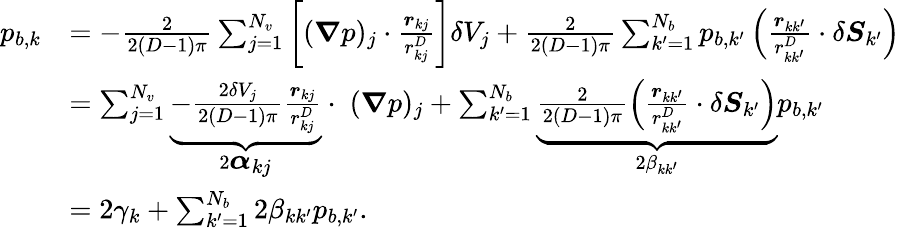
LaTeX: \begin{array}{rl}{p_{b,k}}&{=-\frac 2{2(D-1)\pi}\sum_{j=1}^{N_{v}}\left[(\boldsymbol{\nabla}p)_{j}\cdot\frac{\boldsymbol{r}_{kj}}{r_{kj}^{D}}\right]\delta V_{j}+\frac 2{2(D-1)\pi}\sum_{k^{\prime}=1}^{N_{b}}p_{b,k^{\prime}}\left(\frac{\boldsymbol{r}_{kk^{\prime}}}{r_{kk^{\prime}}^{D}}\cdot\delta\boldsymbol{S}_{k^{\prime}}\right)}\\ &{=\sum_{j=1}^{N_{v}}\underbrace{-\frac{2\delta V_{j}}{2(D-1)\pi}\frac{\boldsymbol{r}_{kj}}{r_{kj}^{D}}}_{2\displaystyle\boldsymbol{\alpha}_{kj}}\cdot\; (\boldsymbol{\nabla}p)_{j}+\sum_{k^{\prime}=1}^{N_{b}}\underbrace{\frac 2{2(D-1)\pi}\left(\frac{\boldsymbol{r}_{kk^{\prime}}}{r_{kk^{\prime}}^{D}}\cdot\delta\boldsymbol{S}_{k^{\prime}}\right)}_{2\beta_{kk^{\prime}}}p_{b,k^{\prime}}}\\ &{=2\gamma_{k}+\sum_{k^{\prime}=1}^{N_{b}}2\beta_{kk^{\prime}}p_{b,k^{\prime}}.}\end{array}